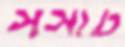
সসার্ট